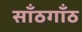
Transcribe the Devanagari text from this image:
साँठगाँठ